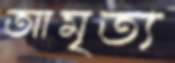
আমৃত্য